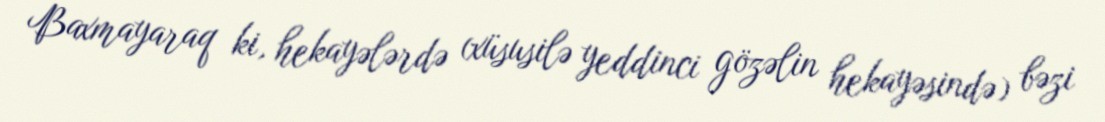
Baxmayaraq ki, hekayələrdə (xüsusilə yeddinci gözəlin hekayəsində) bəzi